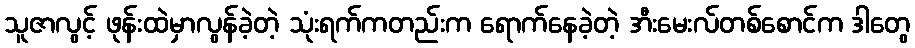
သူဇာလွင့် ဖုန်းထဲမှာလွန်ခဲ့တဲ့ သုံးရက်ကတည်းက ရောက်နေခဲ့တဲ့ အီးမေးလ်တစ်စောင်က ဒါတွေ